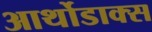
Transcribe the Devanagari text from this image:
आर्थोडाक्स